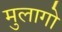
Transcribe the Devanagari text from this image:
मुलागो